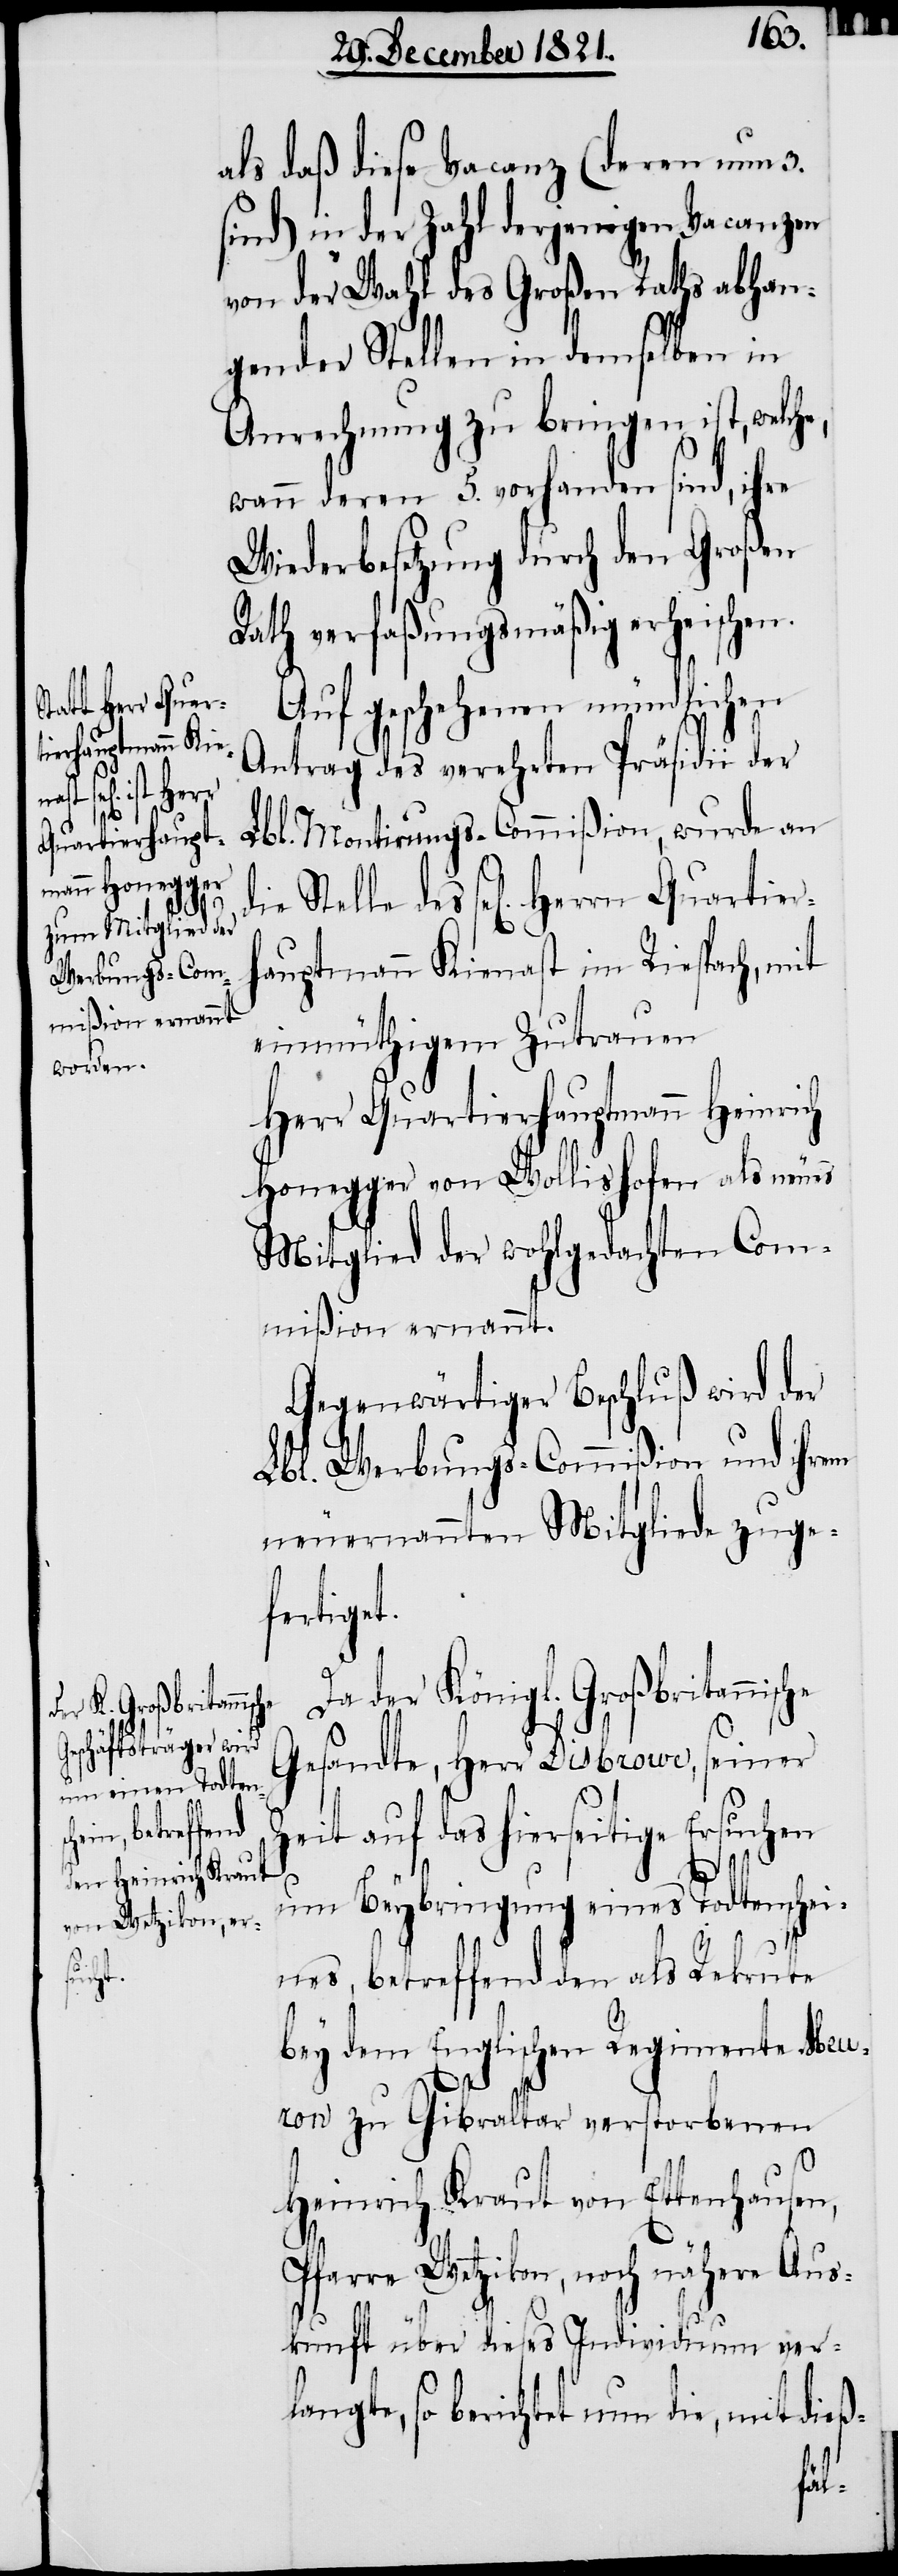
he,
Quartierhaupt¬

als daß diese Vacanz (deren nun 3.
in der Zahl derjenigen Vacanzen
von der Wahl des Großen Raths abhan¬
gender Stellen in demselben in
Anrechnung zu bringen ist, welc¬
wann deren 5. vorhanden sind, ihre
Wiederbesetzung durch den Großen
Rath verfaßungsmäßig erheischen.
Auf geschehenen mündlichen
Antrag des verehrten Präsidii der
Lbl. Montirungs-Commißion, wurde an
die Stelle des sel[igen] Herrn
mann Kienast im Riespach, mit
einmüthigem Zutrauen
Herr Quartierhauptmann Heinrich
Honegger von Wollishofen als neues
Mitglied der wohlgedachten Com¬
mißion ernannt.
Gegenwärtiger Beschluß wird der
Lbl. Werbungs-Commißion und ihrem
neuernannten Mitgliede zuge¬
fertiget.
Da der Königl. Großbritannische
Gesandte, Herr Disbrowe, seiner
Zeit auf das hierseitige Ersuchen
um Beybringung eines Todtenschei¬
nes, betreffend den als Rekrute
bey dem Englischen Regimente Meur¬
on zu Gibraltar verstorbenen
Heinrich Kraut von Ettenhausen,
Pfarre Wetzikon, noch nähere Aus¬
kunft über dieses Individuum ver¬
langte, so berichtet nun die, mit dieß-